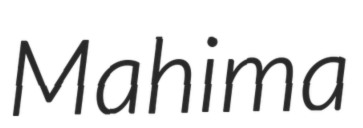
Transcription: Mahima